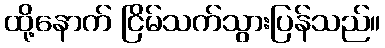
ထို့နောက် ငြိမ်သက်သွားပြန်သည်။